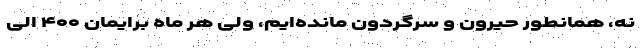
نه، همانطور حیرون و سرگردون مانده‌ایم، ولی هر ماه برایمان ۴۰۰ الی